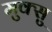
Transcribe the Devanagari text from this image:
मुक्सु